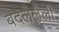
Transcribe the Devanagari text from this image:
बदलेलेली